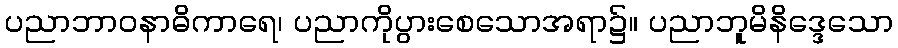
ပညာဘာဝနာဓိကာရေ၊ ပညာကိုပွားစေသောအရာ၌။ ပညာဘူမိနိဒ္ဒေသော